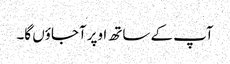
آپ کے ساتھ اوپر آجاؤں گا۔